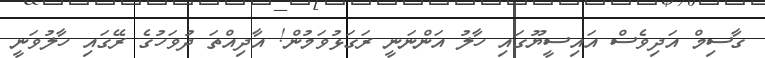
ގާސިމް އަދިވެސް އައިސީޔޫގައި ހާލު އަންނަނީ ރަގަޅުވަމުން! އާދިއްތަ ދުވަހުގެ ރޭގައި ހާލުވަނީ